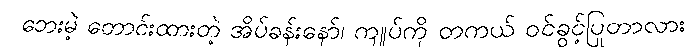
ဘေးမဲ့ တောင်းထားတဲ့ အိပ်ခန်းနော်၊ ကျုပ်ကို တကယ် ဝင်ခွင့်ပြုတာလား